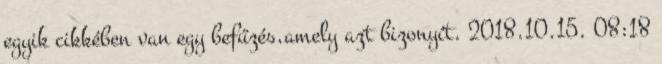
egyik cikkében van egy befűzés,amely azt bizonyít. 2018.10.15. 08:18